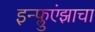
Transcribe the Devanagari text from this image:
इन्फ्लुएंझाचा